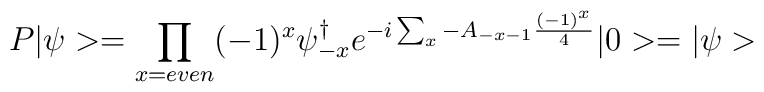
P|\psi>=\prod_{x=even}(-1)^{x}\psi_{-x}^{\dagger}e^{-i\sum_{x}-A_{-x-1}\frac{(-1)^{x}}{4}}|0>=|\psi>